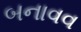
બનાવવ